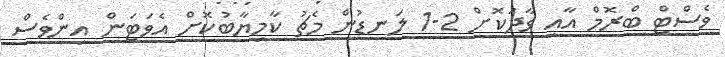
ވެސްޓް ބްރޮމް އާއި ވާދަކޮށް 2-1 ލަނޑުން މެޗު ކާމިޔާބުކޮށް އެވަޓަން އިންވެސް